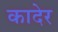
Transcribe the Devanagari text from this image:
कादेर